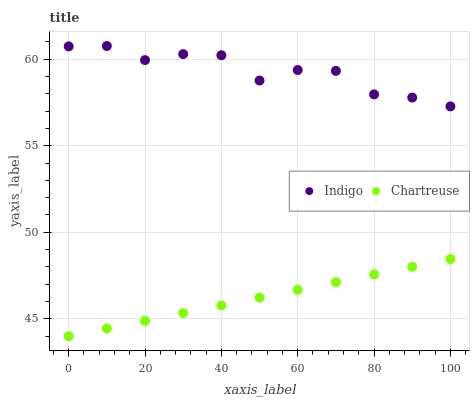
| xaxis_label | Indigo | Chartreuse |
 | --- | --- | --- |
 | 0 | 60.7 | 44 |
 | 10 | 60.8 | 44.4 |
 | 20 | 59.9 | 44.9 |
 | 30 | 60.3 | 45.3 |
 | 40 | 60.2 | 45.8 |
 | 50 | 58.8 | 46.2 |
 | 60 | 59.4 | 46.7 |
 | 70 | 59.3 | 47.1 |
 | 80 | 58 | 47.6 |
 | 90 | 57.8 | 48 |
 | 100 | 57.3 | 48.5 |